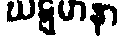
ဃဋ္ဋမာနာ